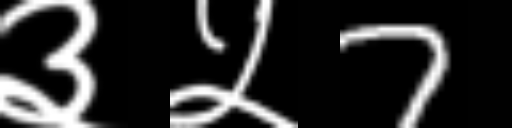
Text: ३५7